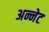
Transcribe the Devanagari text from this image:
अन्नेट